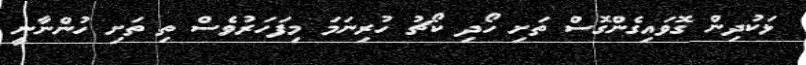
ޅަކުދިން ގޮވައިގެންގޮސް ތަށި ހޯދި ކޯޗު ހުރިނަމަ މިފަހަރުވެސް ތި ތަށި ހުންނާނީ